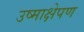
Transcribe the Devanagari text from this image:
उष्माक्षेपण